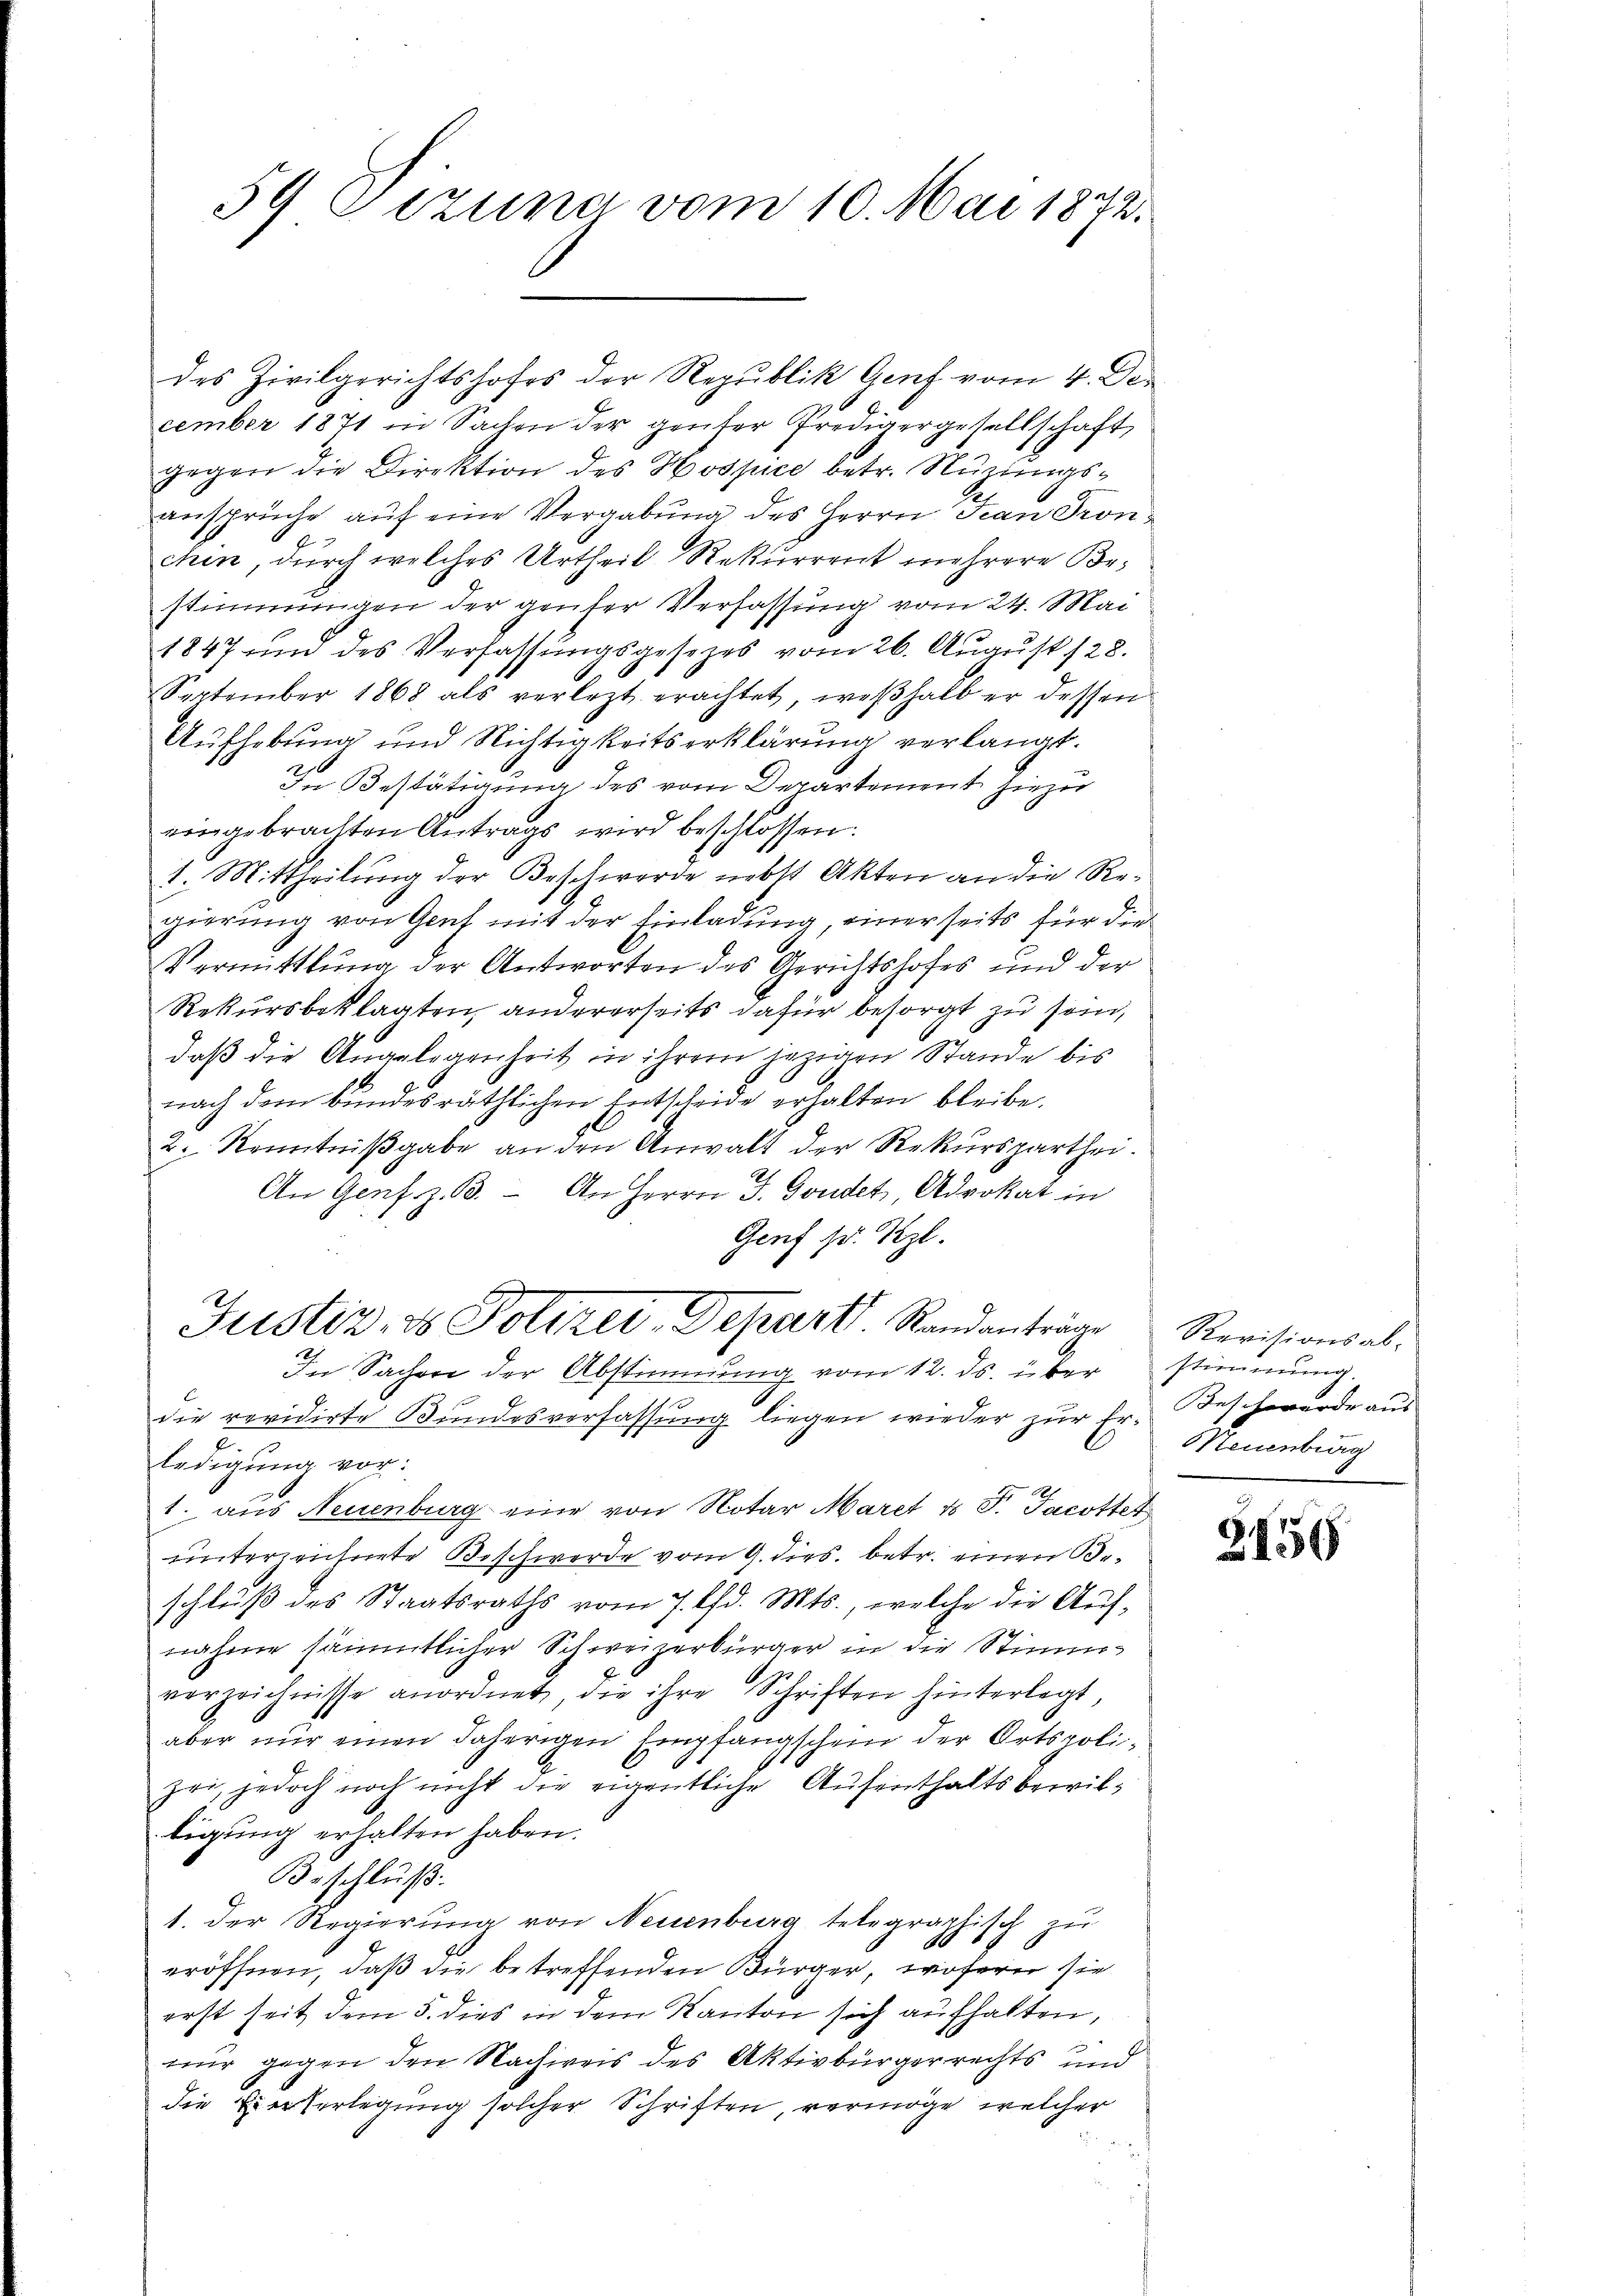
59 Dezuna vom 10. Mai 1872.

des Zivilgerichtshofes der Republik Genf vom 4. De
cember 1871 in Sachen der genser fredigergesellschaft,
gegen die Direktion des Hospice betr. Nuzungsansprüche auf eine Vergabung des Herrn Jean Pronchen, durch welches Urtheil, Rekurrent mehrere Bestimmungen der genser Verfassung vom 24. Mai
1847 und des Verfassŭngsgesezes vom 26. Aŭgŭst 128.
September 1868 als verletzt erachtet, weßhalb er dessen
Aufhebung und Nichtigkeitserklärung verlangt.
In Bestätigung des vom Departement hiezu
eingebrachten Antrags wird beschlossen:
1. Mittheilung der Beschwerde nebst Akten an die Regierung von Genf mit der Einladung, einerseits für die
Vermittlung der Antworten des Gerichtshofes und der
Rekursbeklagten, andererseits dafür besorgt zu sein,
daß die Angelegenheit in ihrem jezigen Stande bis
nach dem bundesräthlichen Entscheide erhalten bleibe.
2. Kenntnißgabe an den Anwalt der Rekursparthei¬
D
An Genf z. B. An Herrn J. Gondet, Advokat in
Genf sr. Ztzl.
Justiz- & Polizei-Depart. Randanträge
In Sachen der Abstimmung vom 12. ds. über
die revidirte Bundesverfassung liegen wieder zur Er-Beschwerde au
ledigung vor.
1. aus Neuenburg eine von Notar Maret & F. Jacotter
unterzeichnete Beschwerde vom 9. dies. betr. einen Beschluß des Staatsraths vom 7. d. Mts., welche die Auf-
nahme sämmtlicher Schweizerbürger in die Stimmverzeichnisse anordnet, die ihre Schriften hinterlegt,
aber nur einen daherigen Empfangschein der Ortspolizei, jedoch noch nicht die eigentliche Aufenthaltsbewiltigung erhalten haben.
Beschluß.
1. Der Regierung von Neuenburg telegraphisch zu
1
eröffnen, daß die betreffenden Bürger, wofern sie
erst seit dem 5. dies in dem Kanton sich aufhalten,
nur gegen den Nachweis des Aktivbürgerrechts und
die Eierserlegung solcher Schriften, vermöge, welcher
¬

Revisionsabstimmung.
Neuenburg

2456